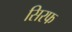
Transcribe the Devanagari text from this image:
सिरफ